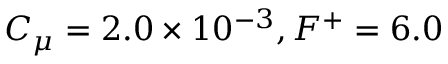
C _ { \mu } = 2 . 0 \times 1 0 ^ { - 3 } , F ^ { + } = 6 . 0